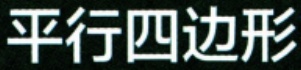
平行四边形